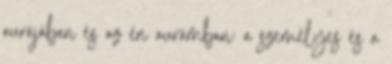
aurájában és az én aurámban: a személyes és a